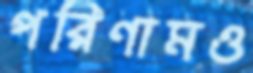
পরিণামও